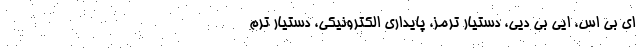
ای بی اس، ایی بی دیی، دستیار ترمز، پایداری الکترونیکی، دستیار ترم